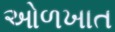
ઓળખાત